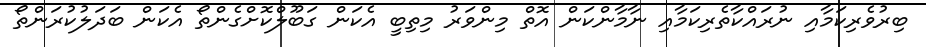
ބިރުވެރިކަމާއި ނުރައްކާތެރިކަމާއި ނާމާންކަން އޮތް މިންވަރު މިތިބީ އެކަން ގަބޫލްކޮށްގެންތޯ އެކަން ބަދަލުކުރަންތޯ